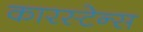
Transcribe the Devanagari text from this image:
कारस्टेन्स